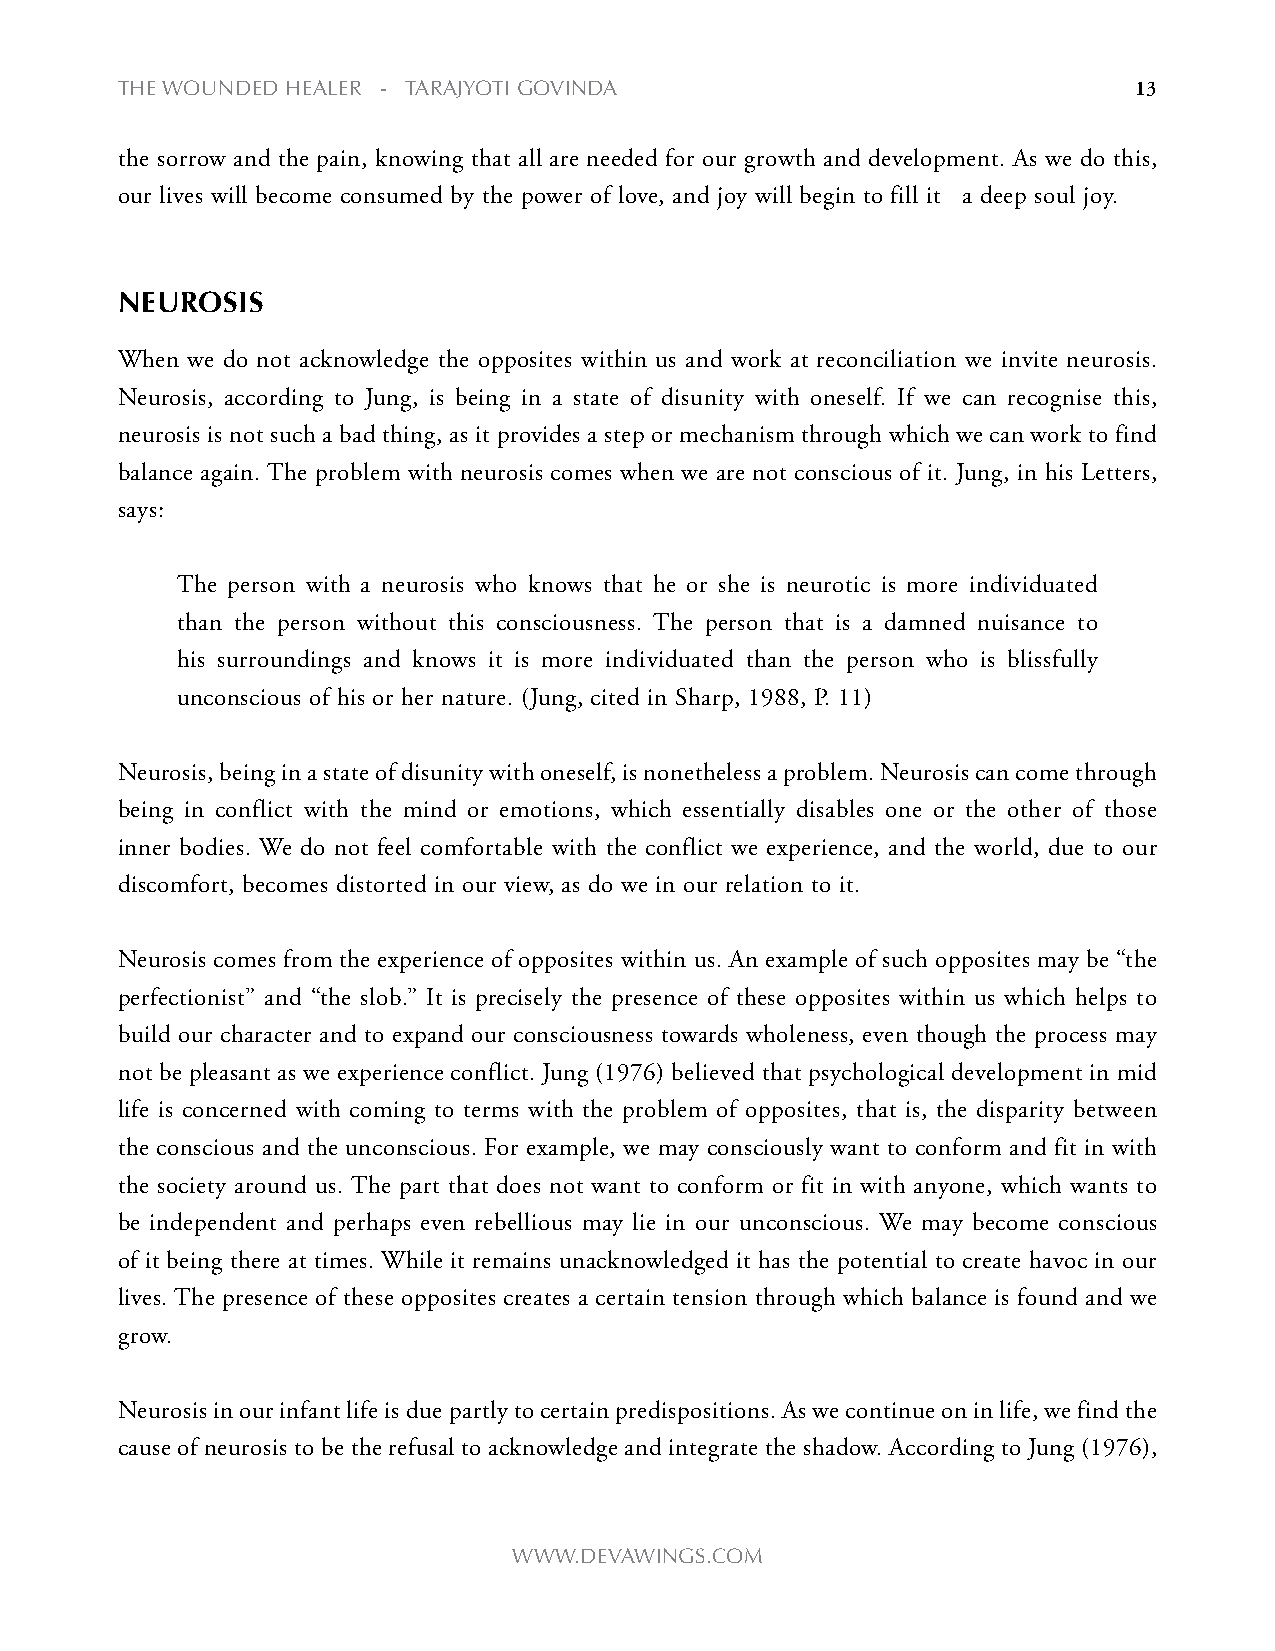
the WOUNDeD heALeR - tARAjyOti gOviNDA                             13
 the sorrow and the pain, knowing that all are needed for our growth and development. As we do this,
 our lives will become consumed by the power of love, and joy will begin to fill it a deep soul joy.
 neurosis
 When we do not acknowledge the opposites within us and work at reconciliation we invite neurosis.
 Neurosis, according to Jung, is being in a state of disunity with oneself. If we can recognise this,
 neurosis is not such a bad thing, as it provides a step or mechanism through which we can work to find
 balance again. The problem with neurosis comes when we are not conscious of it. Jung, in his Letters,
 says:
 The person with a neurosis who knows that he or she is neurotic is more individuated
 than the person without this consciousness. The person that is a damned nuisance to
 his surroundings and knows it is more individuated than the person who is blissfully
 unconscious of his or her nature. (Jung, cited in Sharp, 1988, P. 11)
 Neurosis, being in a state of disunity with oneself, is nonetheless a problem. Neurosis can come through
 being in conflict with the mind or emotions, which essentially disables one or the other of those
 inner bodies. We do not feel comfortable with the conflict we experience, and the world, due to our
 discomfort, becomes distorted in our view, as do we in our relation to it.
 Neurosis comes from the experience of opposites within us. An example of such opposites may be “the
 perfectionist” and “the slob.” It is precisely the presence of these opposites within us which helps to
 build our character and to expand our consciousness towards wholeness, even though the process may
 not be pleasant as we experience conflict. Jung (1976) believed that psychological development in mid
 life is concerned with coming to terms with the problem of opposites, that is, the disparity between
 the conscious and the unconscious. For example, we may consciously want to conform and fit in with
 the society around us. The part that does not want to conform or fit in with anyone, which wants to
 be independent and perhaps even rebellious may lie in our unconscious. We may become conscious
 of it being there at times. While it remains unacknowledged it has the potential to create havoc in our
 lives. The presence of these opposites creates a certain tension through which balance is found and we
 grow.
 Neurosis in our infant life is due partly to certain predispositions. As we continue on in life, we find the
 cause of neurosis to be the refusal to acknowledge and integrate the shadow. According to Jung (1976),
 WWW.DevAWiNgs.cOm